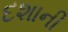
દશાની